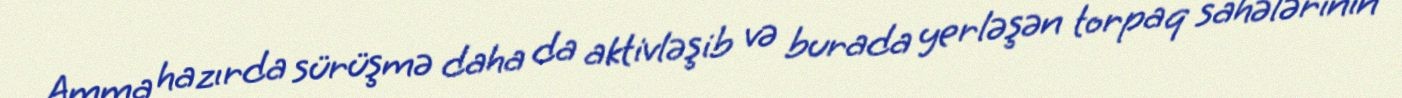
Amma hazırda sürüşmə daha da aktivləşib və burada yerləşən torpaq sahələrinin